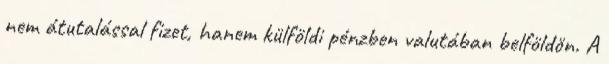
nem átutalással fizet, hanem külföldi pénzben valutában belföldön. A